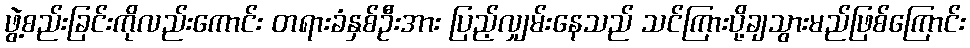
ဖွဲ့စည်းခြင်းကိုလည်းကောင်း တရားခံနှစ်ဦးအား ပြည့်လျှမ်းနေသည် သင်ကြားပို့ချသွားမည်ဖြစ်ကြောင်း